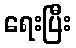
ရေးပြီး